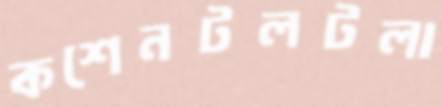
কশেনটলটলা